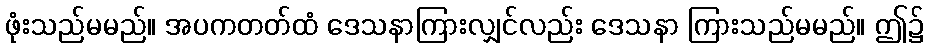
ဖုံးသည်မမည်။ အပကတတ်ထံ ဒေသနာကြားလျှင်လည်း ဒေသနာ ကြားသည်မမည်။ ဤ၌